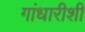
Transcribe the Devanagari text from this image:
गांधारीशी